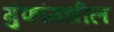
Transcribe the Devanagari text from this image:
गुंफांमधील